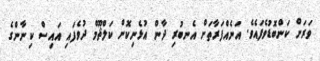
ވަރަށް ކަންބޮޑުވެފައެވެ. އަނެއްފަރާތަށް އެނބުރި ދާން އުޅެނިކޮށް ކަލްޘޫމް ދުވެފައި އައިސް ކިނާންގެ